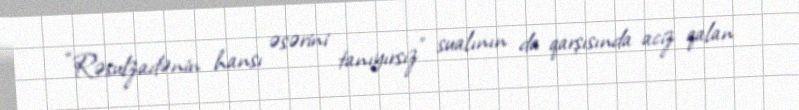
“Rəsulzadənin hansı əsərini tanıyırsız” sualının da qarşısında aciz qalan